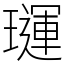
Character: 璭